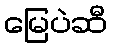
မြေပဲဆီ